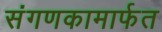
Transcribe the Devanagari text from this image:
संगणकामार्फत